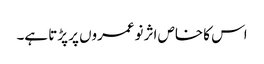
اس کا خاص اثر نوعمروں پر پڑتا ہے۔